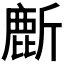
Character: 𬸻